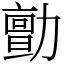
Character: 勯